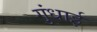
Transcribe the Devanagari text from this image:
गुंधाई